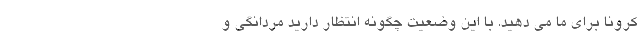
کرونا براي ما می دهید. با این وضعیت چگونه انتظار دارید مردانگي و